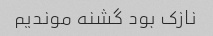
نازک بود گشنه موندیم